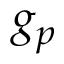
g _ { p }